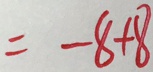
= - 8 + 8